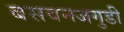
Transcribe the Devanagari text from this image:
बसवनजगुडी